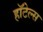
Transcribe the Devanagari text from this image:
हाॅटेल्स